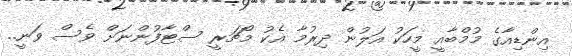
އިންޑިއާގެ މުމްބާއީ މީހަކު އަލުން ދިރުމާ އެކު މޯޗަރީ ސްޓާފުންނަށް ވެސް ވަނީ..